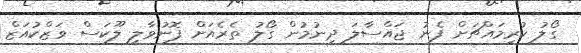
ގޯލު ކުރިމައްޗަށް ފެނު ޖައްސާލަ ދިނުމުން ގޯލު ތެރެއަށް ފޮނުވާލީ ލޫކަސް ވަޒްކުއަޒް